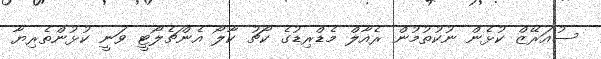
ސުއަރޭޒް ކުޅެން ނުކުތުމުން ރެއާލް މެޑްރިޑުގެ ކޯޗު ކާލޯ އެންޗެލޯޓީ ވަނީ ކުޅުންތެރިޔާ